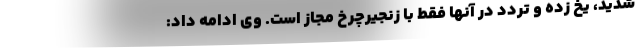
شدید، یخ زده و تردد در آنها فقط با زنجیرچرخ مجاز است. وی ادامه داد: